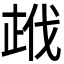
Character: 𭭣